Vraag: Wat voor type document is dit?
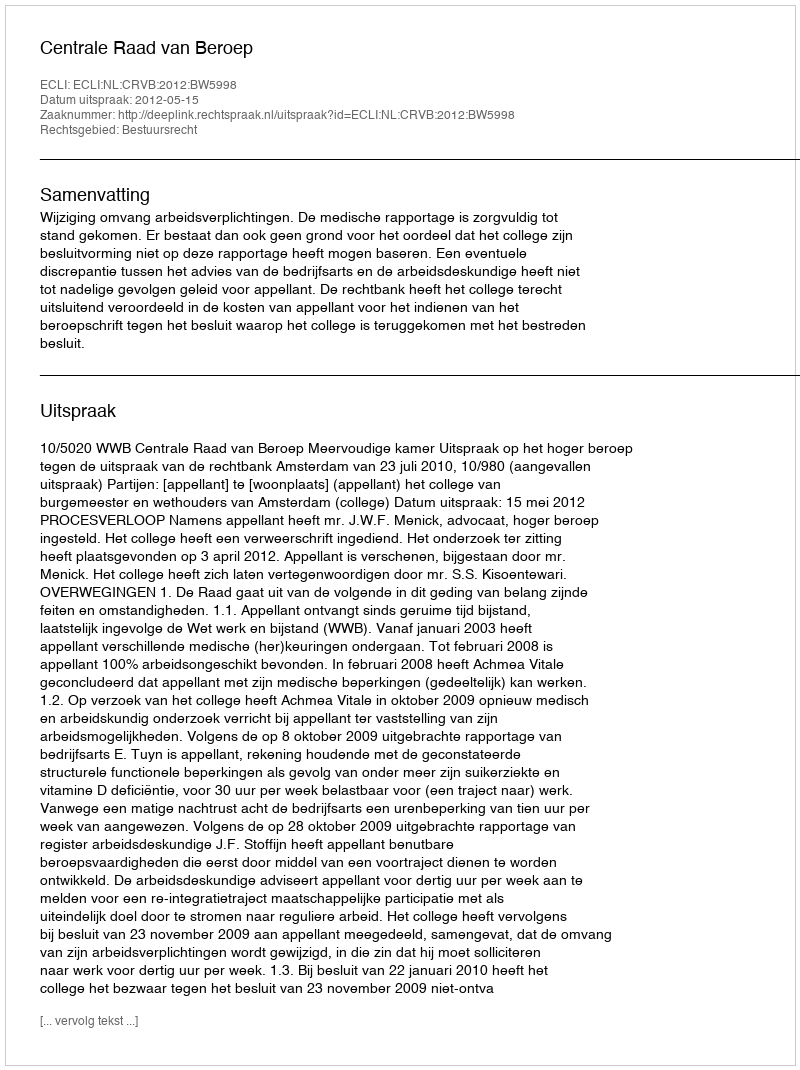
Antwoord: Uitspraak